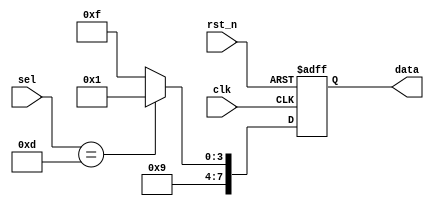
`timescale 1ns / 1ps

module Hello(
    input clk,
    input rst_n,
	 input [3:0] sel,
    output reg [7:0] data
    );
	 
always@(posedge clk or negedge rst_n)
begin
    if(~rst_n)
	 begin
	     data <= 8'b1111_1111;
	 end
	 else
    begin
    if(sel == 4'b1101)
	 data <= 8'b1001_0001;
	 else
	 data <= 8'b1001_1111;
	 end
end
endmodule